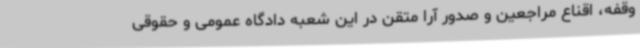
وقفه، اقناع مراجعین و صدور آرا متقن در این شعبه دادگاه عمومی و حقوقی